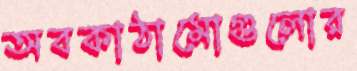
অবকাঠামোগুলোর